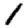
Digit: 1